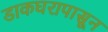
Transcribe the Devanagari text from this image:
डाकघरापासून